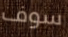
سوف